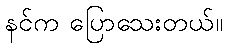
နင်က ပြောသေးတယ်။